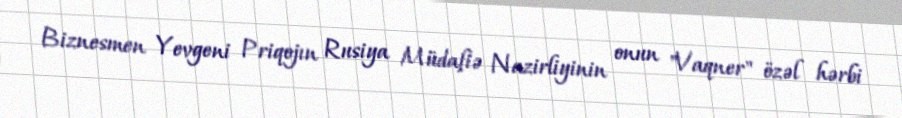
Biznesmen Yevgeni Priqojın Rusiya Müdafiə Nazirliyinin onun "Vaqner" özəl hərbi